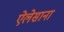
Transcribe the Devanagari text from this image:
ऐलेसाना